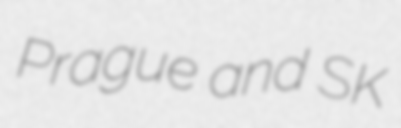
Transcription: Prague and SK